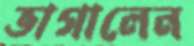
ভাগালেন